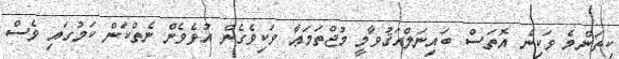
ކިތަންމެ ވަކިން އޮތަސް ބައިނަލްއަޤުވާމީ މުޖްތަމަޢާ ވަކިވެގެން އުޅެވެން ނެތްކަން ކަމުގައި ވެސް